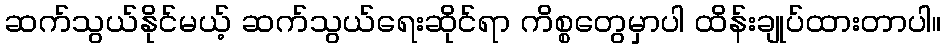
ဆက်သွယ်နိုင်မယ့် ဆက်သွယ်ရေးဆိုင်ရာ ကိစ္စတွေမှာပါ ထိန်းချုပ်ထားတာပါ။